Civil Veterinary Dept. North-West Frontier Province 1901-22 - 1901-1922
Year: 1901
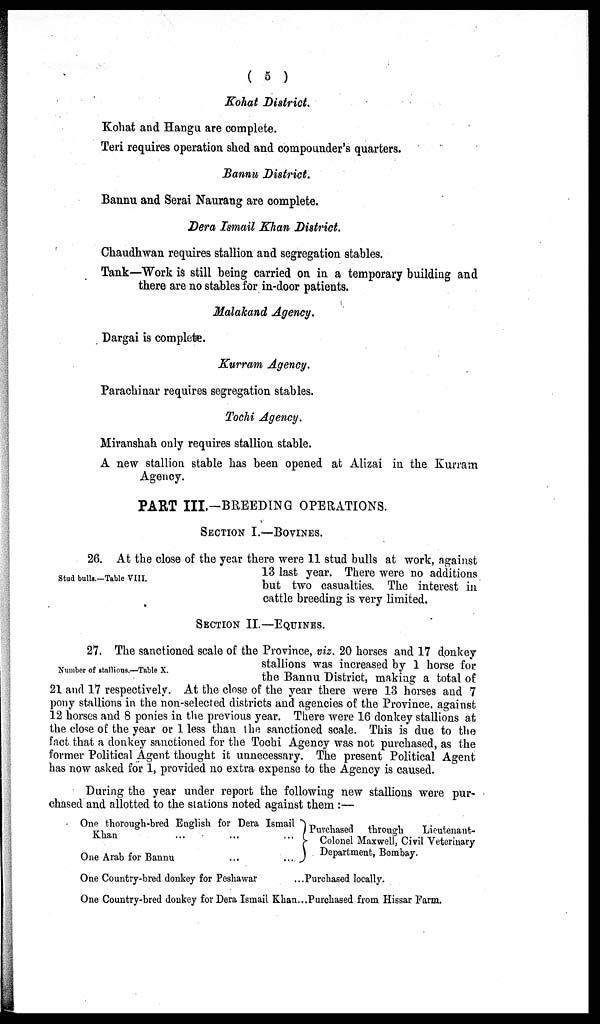
( 5 )
Kohat District.
Kohat and Hangu are complete.
Teri requires operation shed and compounder's quarters.
Bannu District.
Bannu and Serai Naurang are complete.
Dera Ismail Khan District.
Chaudhwan requires stallion and segregation stables.
Tank—Work is still being carried on in a temporary building and
there are no stables for in-door patients.
Malakand Agency.
Dargai is complete.
Kurram Agency.
Parachinar requires segregation stables.
Tochi Agency.
Miranshah only requires stallion stable.
A new stallion stable has been opened at Alizai in the Kurram
Agency.
PART III.—BREEDING OPERATIONS.
SECTION I.—BOVINES.
Stud bulls-Table VIII.
26. At the close of the year there were 11 stud bulls at work, against
13 last year. There were no additions
but two casualties. The interest in
cattle breeding is very limited.
SECTION II.—EQUINES.
Number of stallions.—Table X.
27. The sanctioned scale of the Province, viz. 20 horses and 17 donkey
stallions was increased by 1 horse for
the Bannu District, making a total of
21 and 17 respectively. At the close of the year there were 13 horses and 7
pony stallions in the non-selected districts and agencies of the Province, against
12 horses and 8 ponies in the previous year. There were 16 donkey stallions at
the close of the year or 1 less than the sanctioned scale. This is due to the
fact that a donkey sanctioned for the Tochi Agency was not purchased, as the
former Political Agent thought it unnecessary. The present Political Agent
has now asked for 1, provided no extra expense to the Agency is caused.
During the year under report the following new stallions were pur-
chased and allotted to the stations noted against them:—
One thorough-bred English for Dera Ismail
Khan
...
...
}
One Arab for Bannu
...
...
One Country-bred donkey for Peshawar
One Country-bred donkey for Dera Ismail Khan ..
Purchased through
Lieutenant-
Colonel Maxwell, Civil Veterinary
Department, Bombay.
Purchased locally.
Purchased from Hissar Farm.